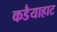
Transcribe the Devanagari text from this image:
कडैयाहाट